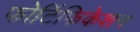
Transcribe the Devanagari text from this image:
फोर्टिफिकेशन